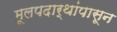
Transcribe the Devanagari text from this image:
मूलपदार्थांपासून